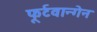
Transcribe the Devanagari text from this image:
फूर्टवान्गेन